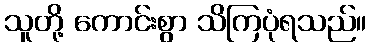
သူတို့ ကောင်းစွာ သိကြပုံရသည်။